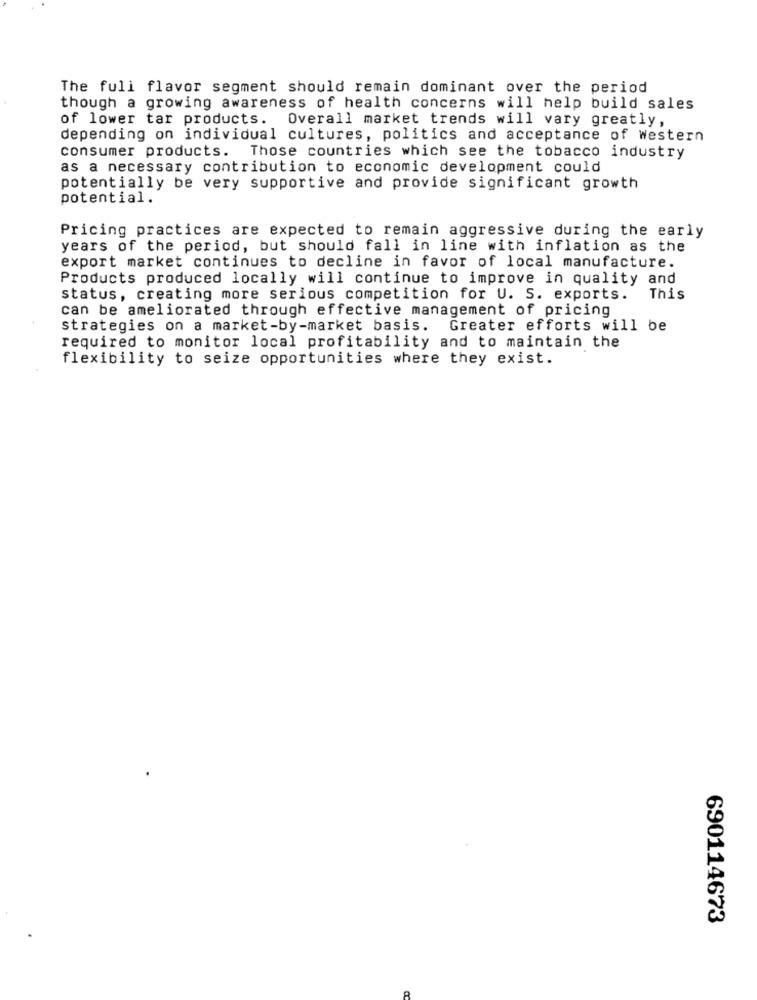
The full flavor segment should remain dominant over the period
though a growing awareness of health concerns will help build sales
of lower tar products. Overall market trends will vary greatly,
depending on individual cultures, politics and acceptance of western
consumer products. Those countries which see the tobacco industry
as a necessary contribution to economic development could
potentially be very supportive and provide significant growth
potential.
Pricing practices are expected to remain aggressive during the early
years of the period, but should fall in line with inflation as the
export market continues to decline in favor of local manufacture.
Products produced locally will continue to improve in quality and
status, creating more serious competition for U. S. exports.
This
can be ameliorated through effective management of pricing
strategies on a market-by-market basis. Greater efforts will be
required to monitor local profitability and to maintain the
flexibility to seize opportunities where they exist.
690114673